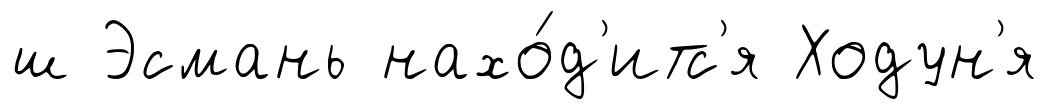
ш Эсмань нахо́д'итс'я Ходун'я